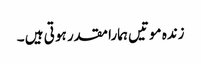
زندہ موتیں ہمارا مقدر ہو تی ہیں ۔